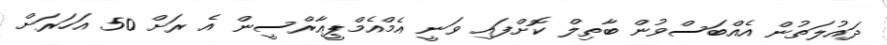
ދައުލަތުން އެއްބަސްވުން ބާތިލް ކޮށްފައި ވަނީ އެމްއެެމްޕީއާރްސީން އެ ރަށް 50 އަހަަރަށް